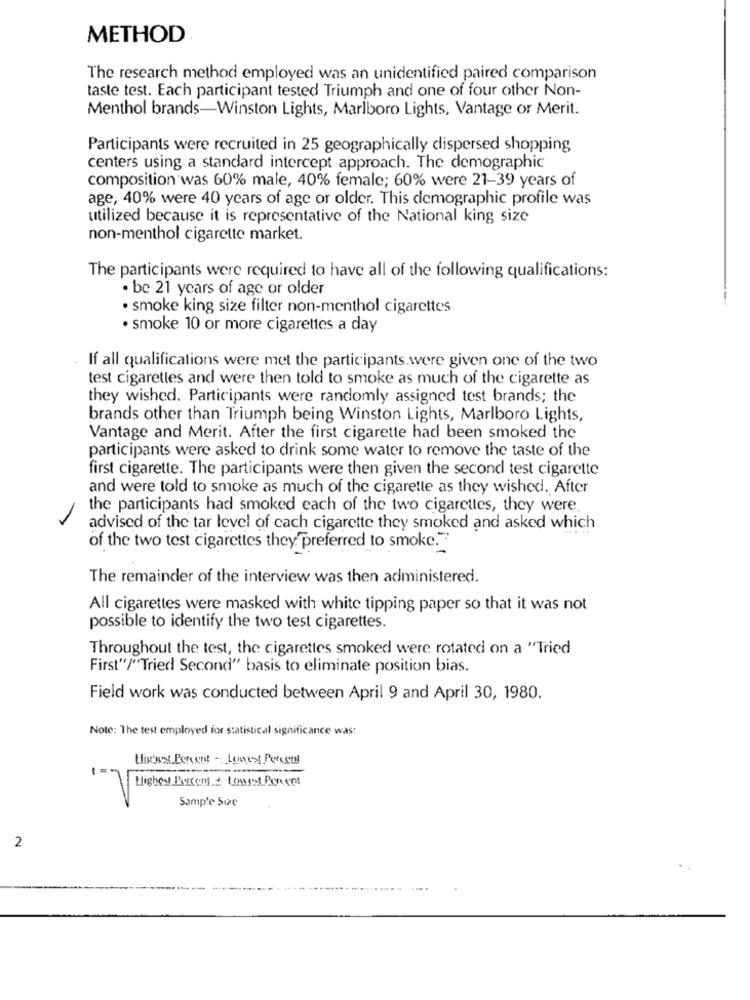
METHOD
The research method employed was an unidentified paired comparison
taste test. Each participant tested Triumph and one of four other Non-
Menthol brands-Winston Lights, Marlboro Lights, Vantage or Merit.
Participants were recruited in 25 geographically dispersed shopping
centers using a standard intercept approach. The demographic
composition was 60% male, 40% female; 60% were 21-39 years of
age, 40% were 40 years of age or older. This demographic profile was
utilized because it is representative of the National king size
non-menthol cigarette market.
The participants were required to have all of the following qualifications:
· be 21 years of age or older
· smoke king size filter non-menthol cigarettes
· smoke 10 or more cigarettes a day
If all qualifications were met the participants.were given one of the two
test cigaretles and were then told to smoke as much of the cigarette as
they wished. Participants were randomly assigned test brands; the
brands other than Triumph being Winston Lights, Marlboro Lights,
Vantage and Merit. After the first cigarette had been smoked the
participants were asked to drink some water to remove the taste of the
first cigarette. The participants were then given the second test cigarette
and were told to smoke as much of the cigarette as they wished. After
the participants had smoked each of the two cigarettes, they were
advised of the tar level of cach cigarette they smoked and asked which
of the two test cigarettes they preferred to smoke."
The remainder of the interview was then administered.
All cigarettes were masked with white tipping paper so that it was not
possible to identify the two test cigarettes.
Throughout the test, the cigarettes smoked were rotated on a "Tried
First"/"Tried Second" basis to eliminate position bias.
Field work was conducted between April 9 and April 30, 1980.
Note: The test employed for statistical significance was:
Highest Percent - Lowest Perseul
--
Sample Size
2